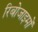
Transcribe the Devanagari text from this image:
रिबोजाइमों